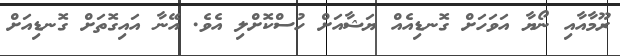
ރޫމާއާއި ނޯޔާ އަވަހަށް ގޮނޑިއެއް ޔަޝާއަށް ހުސްކޮށްލި އެވެ. އޭނާ އައިގޮތަށް ގޮނޑިއަށް